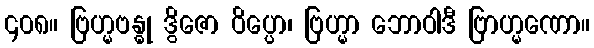
၄၀၈။ ဗြဟ္မဗန္ဓု ဒွိဇော ဝိပ္ပော၊ ဗြဟ္မာ ဘောဝါဒီ ဗြာဟ္မဏော။